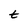
Character: t